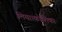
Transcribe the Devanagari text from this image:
लिया।कोशिका